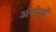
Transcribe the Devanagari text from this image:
अंगरेज़ों